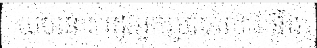
យប់នោះ រដូវអ្នកប្រហែលជានឹង